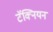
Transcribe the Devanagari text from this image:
टॅक्नियन